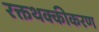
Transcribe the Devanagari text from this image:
रक्तथक्कीकरण